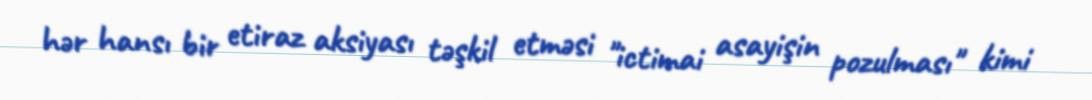
hər hansı bir etiraz aksiyası təşkil etməsi "ictimai asayişin pozulması" kimi